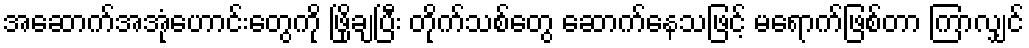
အဆောက်အအုံဟောင်းတွေကို ဖြိုချပြီး တိုက်သစ်တွေ ဆောက်နေသဖြင့် မရောက်ဖြစ်တာ ကြာလျှင်